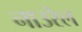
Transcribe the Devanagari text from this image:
नाउरेल